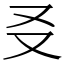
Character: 㕛